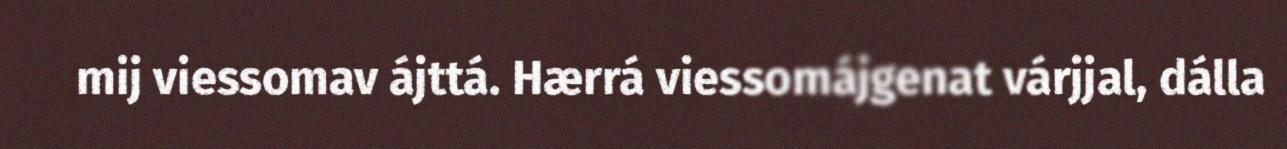
mij viessomav ájttá. Hærrá viessomájgenat várjjal, dálla